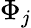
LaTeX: \Phi_{j}